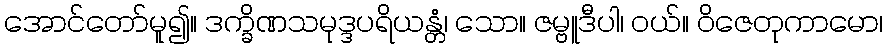
အောင်တော်မူ၍။ ဒက္ခိဏသမုဒ္ဒပရိယန္တံ၊ သော။ ဇမ္ဗူဒီပါ၊ ဝယ်။ ဝိဇေတုကာမော၊